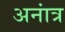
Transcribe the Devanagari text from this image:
अनांत्र